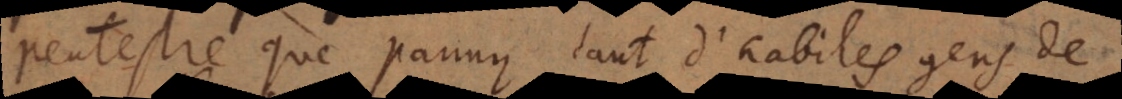
e. que parmy tant d’habiles gens de